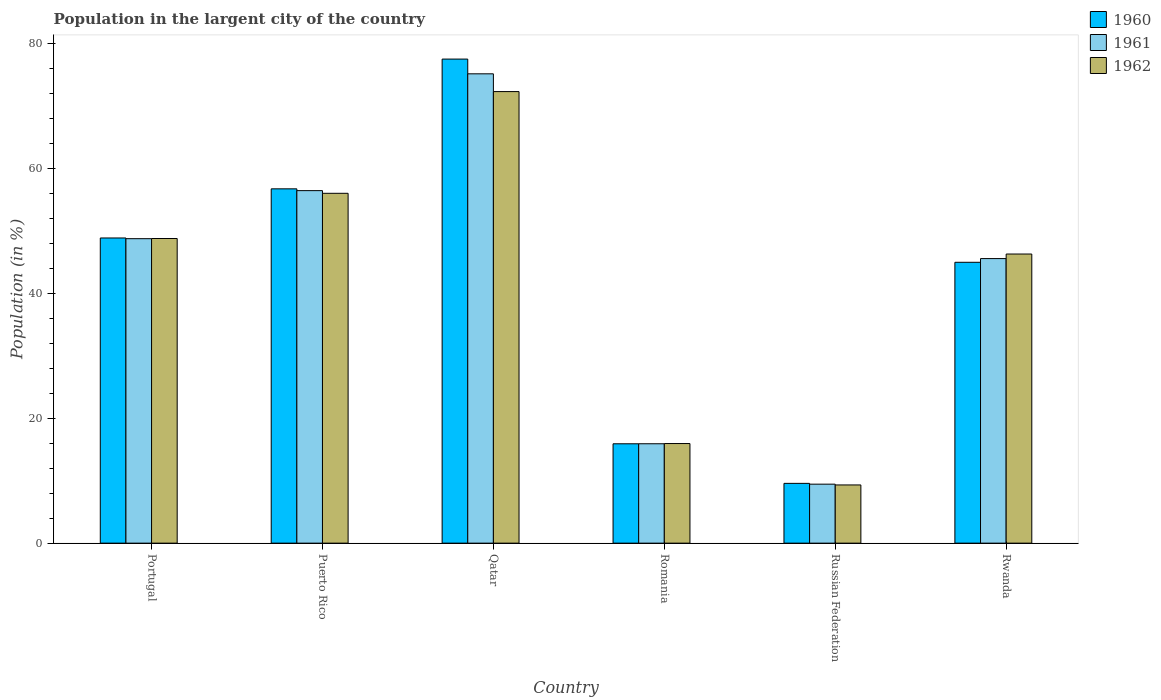
| Country | 1960 | 1961 | 1962 |
 | --- | --- | --- | --- |
 | Portugal | 48.9 | 48.8 | 48.8 |
 | Puerto Rico | 56.8 | 56.5 | 56.1 |
 | Qatar | 77.6 | 75.2 | 72.3 |
 | Romania | 15.9 | 15.9 | 16 |
 | Russian Federation | 9.58 | 9.45 | 9.33 |
 | Rwanda | 45 | 45.6 | 46.3 |